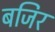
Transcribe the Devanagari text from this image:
बजिर